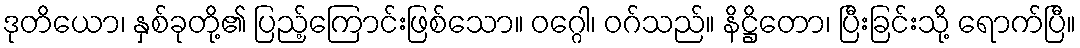
ဒုတိယော၊ နှစ်ခုတို့၏ ပြည့်ကြောင်းဖြစ်သော။ ဝဂ္ဂေါ၊ ဝဂ်သည်။ နိဋ္ဌိတော၊ ပြီးခြင်းသို့ ရောက်ပြီ။